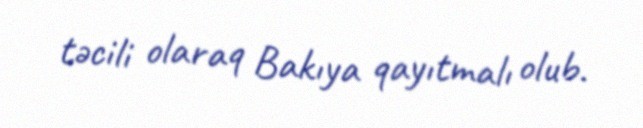
təcili olaraq Bakıya qayıtmalı olub.